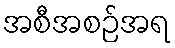
အစီအစဉ်အရ